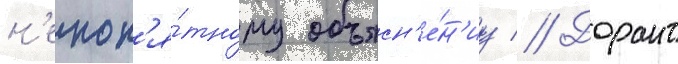
н'епон'я́тному объясн'е́н'иу // Дорант